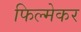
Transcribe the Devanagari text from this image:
फिल्मेकर